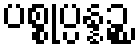
ပစ္စုပ္ပန္နဉ္စ